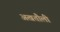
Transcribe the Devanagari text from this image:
अखतौली